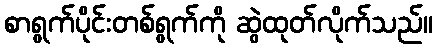
စာရွက်ပိုင်းတစ်ရွက်ကို ဆွဲထုတ်လိုက်သည်။